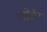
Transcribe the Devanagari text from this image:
ब्राडेंटॉन